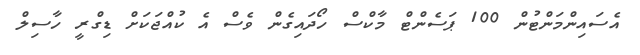
އެސައިންމަންޓުން 100 ޕަސެންޓް މާކްސް ހޯދައިގެން ވެސް އެ ކުއްޖަކަށް ޑިގްރީ ހާސިލް